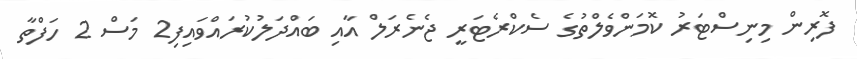
ފޮރިން މިނިސްޓަރު ކޮމަންވެލްތުގެ ސެކްރެޓަރީ ޖެނެރަލް އާއި ބައްދަލުކުރައްވައިފި2 މަސް 2 ހަފްތާ